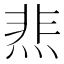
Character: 𰞴